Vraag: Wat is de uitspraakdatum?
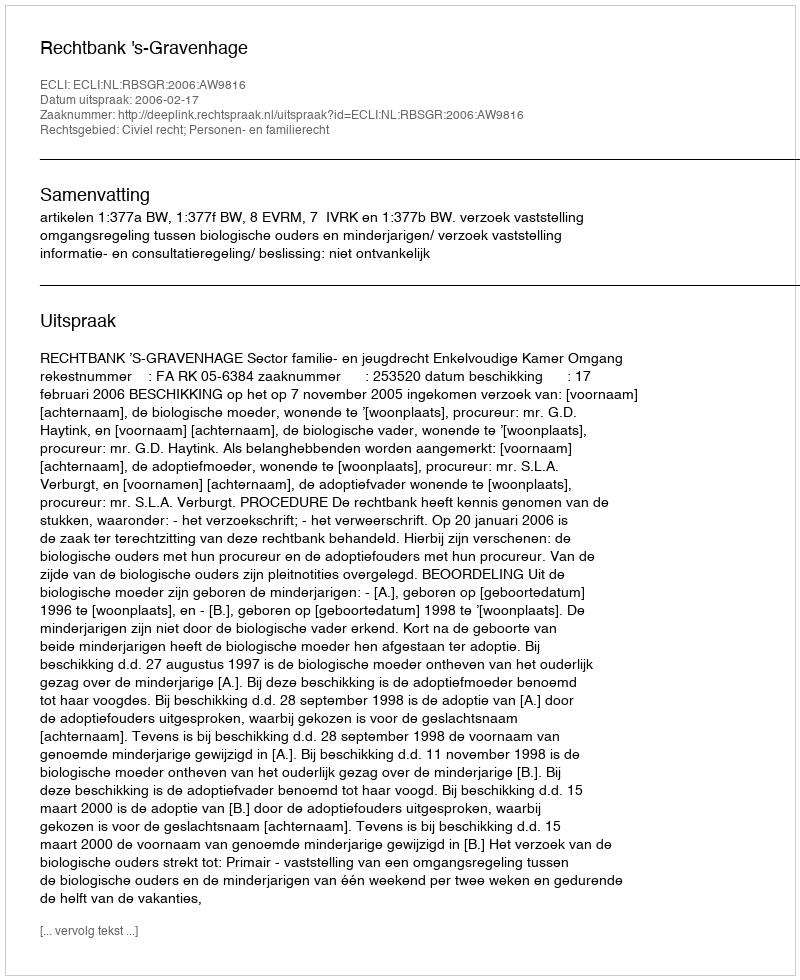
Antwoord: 2006-02-17